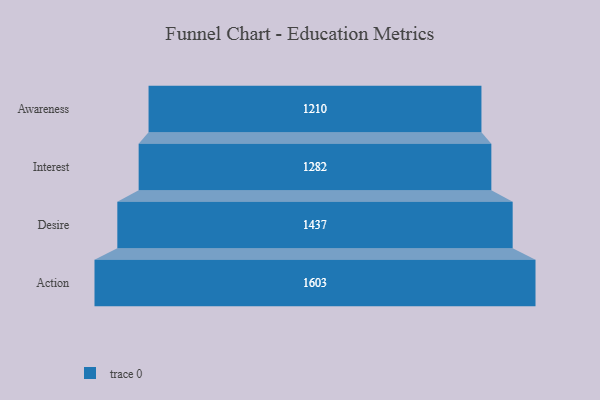
{"axis": {"x": "Stage", "y": "Value"}, "legend": [""], "data": [{"x": "Awareness", "y": 1210.0, "type": ""}, {"x": "Interest", "y": 1282.0, "type": ""}, {"x": "Desire", "y": 1437.0, "type": ""}, {"x": "Action", "y": 1603.0, "type": ""}]}